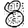
Digit: 8